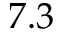
7 . 3